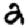
Digit: 2